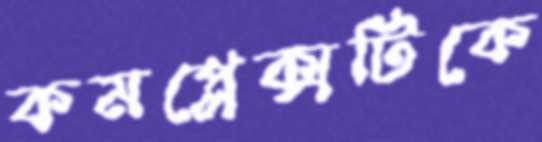
কমপ্লেক্সটিকে